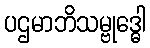
ပဌမာဘိသမ္ဗုဒ္ဓေါ